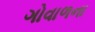
ગોવાળના